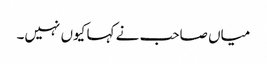
میاں صاحب نے کہا کیوں نہیں۔